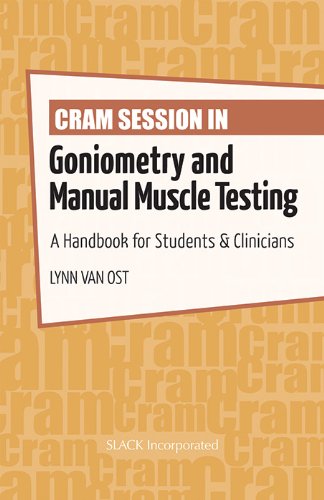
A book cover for Cram Session in Goniometry and Manual Muscle Testing: A Handbook for Students & Clinicians (Cram Session in Physical Therapy Series); Lynn Van Ost PN  PT  ATC  MEd; Medical Books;